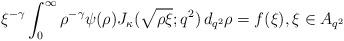
LaTeX: \begin{align*}\xi^{-\gamma} \int_0^\infty \rho^{-\gamma} \psi (\rho) J_\kappa (\sqrt{\rho \xi}; q^2) \,d_{q^2}\rho= f (\xi), \xi\in A_{q^2} \end{align*}